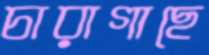
চারাগাছে